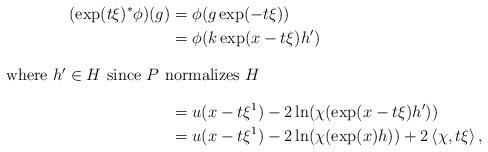
LaTeX: \begin{align*}(\exp(t\xi)^*\phi)(g) & =\phi(g\exp(-t\xi)) \\& = \phi(k\exp(x-t\xi)h') \\\intertext{where $h'\in H$ since $P$ normalizes $H$}& = u(x-t\xi^1)-2\ln(\chi(\exp(x-t\xi)h')) \\& = u(x-t\xi^1)-2\ln(\chi(\exp(x)h))+2\left<\chi,t\xi\right>,\end{align*}